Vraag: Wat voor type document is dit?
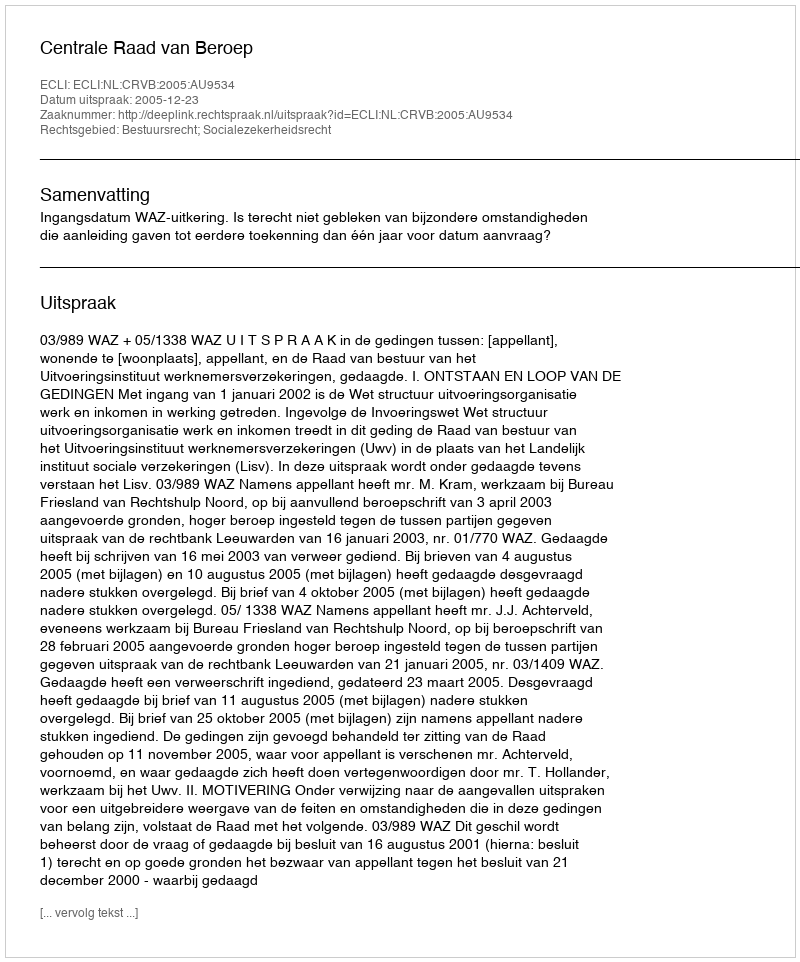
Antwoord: Uitspraak